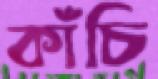
কাঁচি